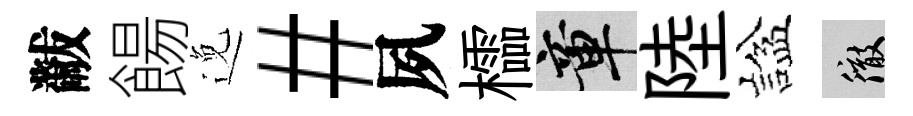
黻餳𨓜#夙櫺章陸諡徹